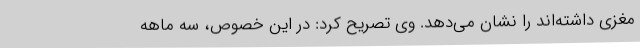
مغزی داشته‌اند را نشان می‌دهد. وی تصریح کرد: در این خصوص، سه ماهه